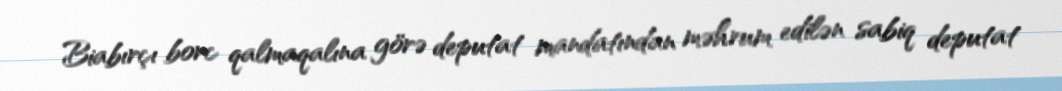
Biabırçı borc qalmaqalına görə deputat mandatından məhrum edilən sabiq deputat